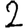
Digit: 2